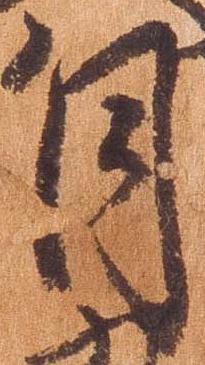
月